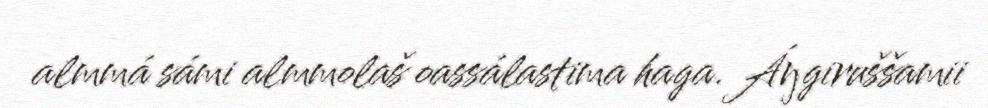
almmá sámi almmolaš oassálastima haga. Áŋgiruššamii